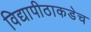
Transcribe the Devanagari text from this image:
विद्यापीठाकडेच